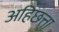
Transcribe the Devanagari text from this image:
अहिछत्ता